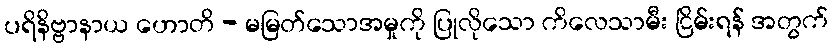
ပရိနိဗ္ဗာနာယ ဟောတိ - မမြတ်သောအမှုကို ပြုလိုသော ကိလေသာမီး ငြိမ်းရန် အတွက်